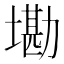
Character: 墈